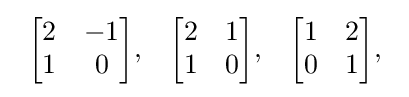
{\begin{array}{lcr}{\begin{bmatrix}2&-1\\1&0\end{bmatrix}},&{\begin{bmatrix}2&1\\1&0\end{bmatrix}},&{\begin{bmatrix}1&2\\0&1\end{bmatrix}},\end{array}}